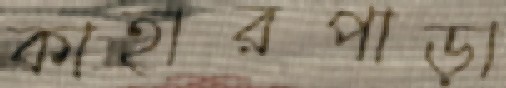
কাহারপাড়া